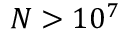
N > 1 0 ^ { 7 }